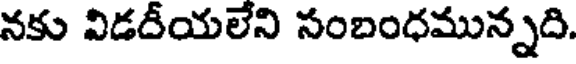
నకు విడదీయలేని సంబంధమున్నది.